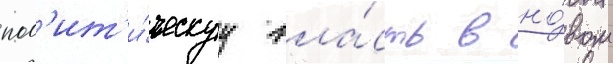
пол'ит'и́ческуу вла́сть в но́вом